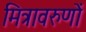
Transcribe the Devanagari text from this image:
मित्रावरुणों